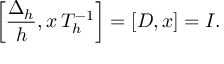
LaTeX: \left[ { \frac { \Delta _ { h } } { h } } , x \, T _ { h } ^ { - 1 } \right] = [ D , x ] = I .